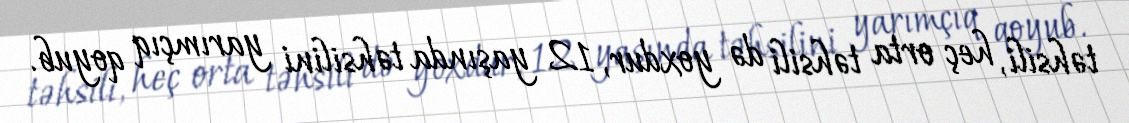
təhsili, heç orta təhsili də yoxdur, 12 yaşında təhsilini yarımçıq qoyub.